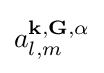
a_{l,m}^{\mathbf {k} ,\mathbf {G} ,\alpha }